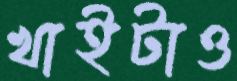
খাইটাও